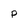
Character: p